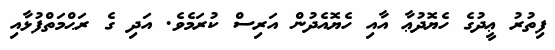
ފިތުރު ޢީދުގެ ހެޔޮދުޢާ އާއި ހެޔޮއެދުން އަރިސް ކުރަމެވެ. އަދި ގެ ރަޙްމަތްފުޅާއި